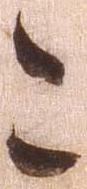
こ